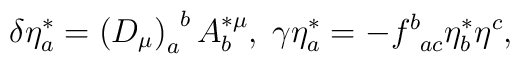
\delta \eta _a^{*}=\left( D_\mu \right) _a^{\;\;b}A_b^{*\mu},\;\gamma \eta _a^{*}=-f_{\;\;ac}^b\eta _b^{*}\eta ^c,